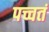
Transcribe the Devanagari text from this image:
पच्चतं